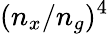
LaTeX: (n_{x}/n_{g})^{4}